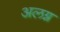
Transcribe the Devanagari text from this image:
अलग्न